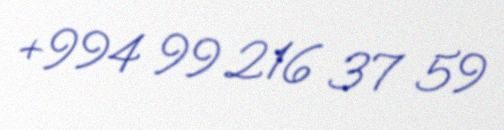
+994 99 216 37 59